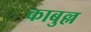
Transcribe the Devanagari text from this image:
काबुल्ल